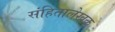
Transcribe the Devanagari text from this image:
संहितालेखक